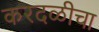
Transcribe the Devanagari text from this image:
करदळीचा